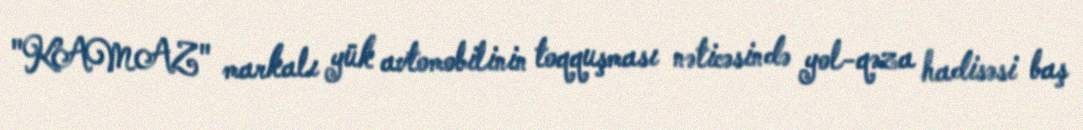
"KAMAZ" markalı yük avtomobilinin toqquşması nəticəsində yol-qəza hadisəsi baş